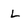
Character: L